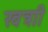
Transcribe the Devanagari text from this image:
खत्राी